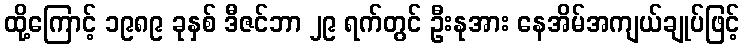
ထို့ကြောင့် ၁၉၈၉ ခုနှစ် ဒီဇင်ဘာ ၂၉ ရက်တွင် ဦးနုအား နေအိမ်အကျယ်ချုပ်ဖြင့်